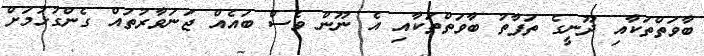
ބާވަތްތަކާއި ދޫނީގެ ތަފާތު ބާވަތްތަކާއި އެ ނޫން ވެސް ބައެއް ޖަނަވާރުތައް ގެންގުޅުމަށް